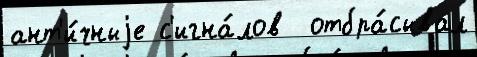
ант'и́чныjе с'игна́лов  отбра́сывал